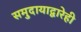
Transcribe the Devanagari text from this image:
समुदायाद्वारेही